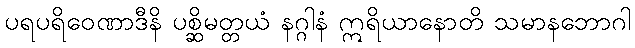
ပရပရိဝေဏာဒီနိ ပစ္ဆိမတ္တယံ နဂ္ဂါနံ ဣရိယာနောတိ သမာနဘောဂါ